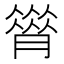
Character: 𦠗